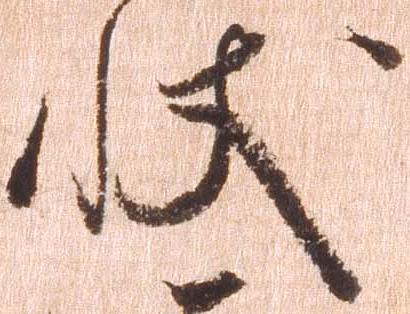
状